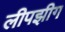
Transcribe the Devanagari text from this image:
लीपझीग